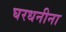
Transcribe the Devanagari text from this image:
घरधनीना